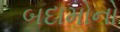
બદામોનો